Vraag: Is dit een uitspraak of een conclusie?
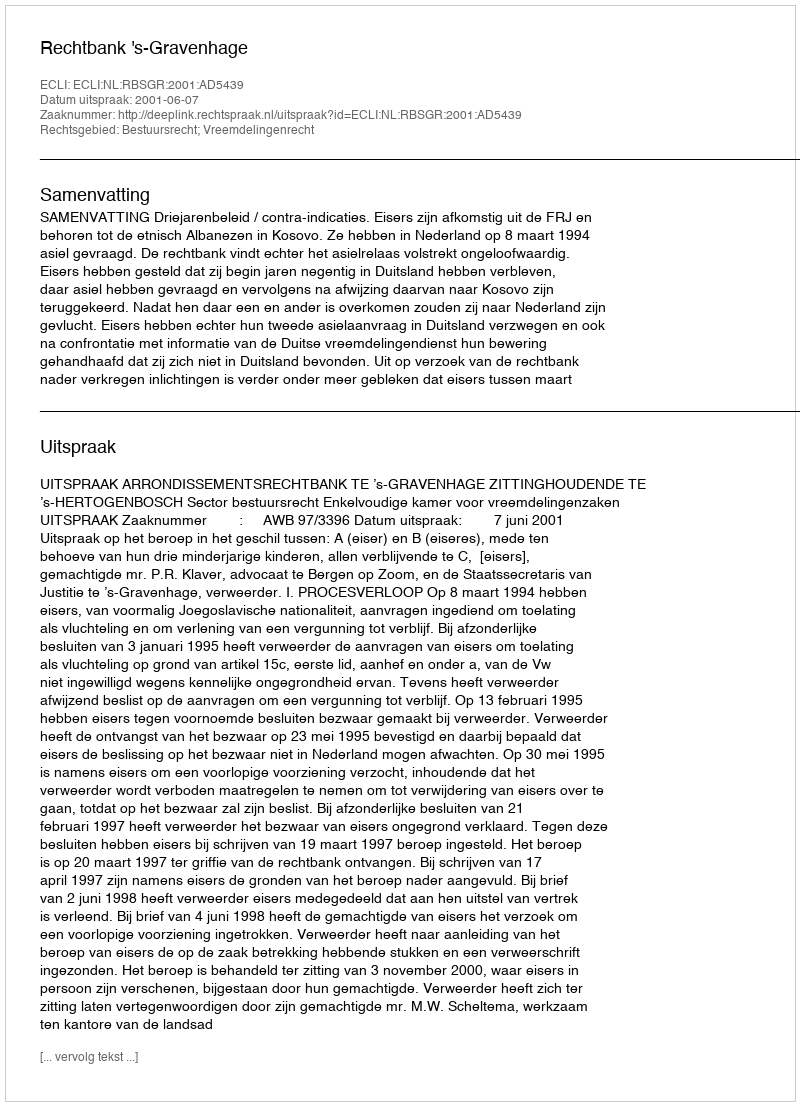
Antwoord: Uitspraak